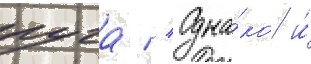
луга // Одна́ко и́